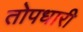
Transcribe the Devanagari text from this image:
तोपधारी